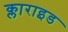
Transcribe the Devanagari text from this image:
क्लाराइड